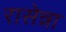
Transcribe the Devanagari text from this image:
रासेन्ना